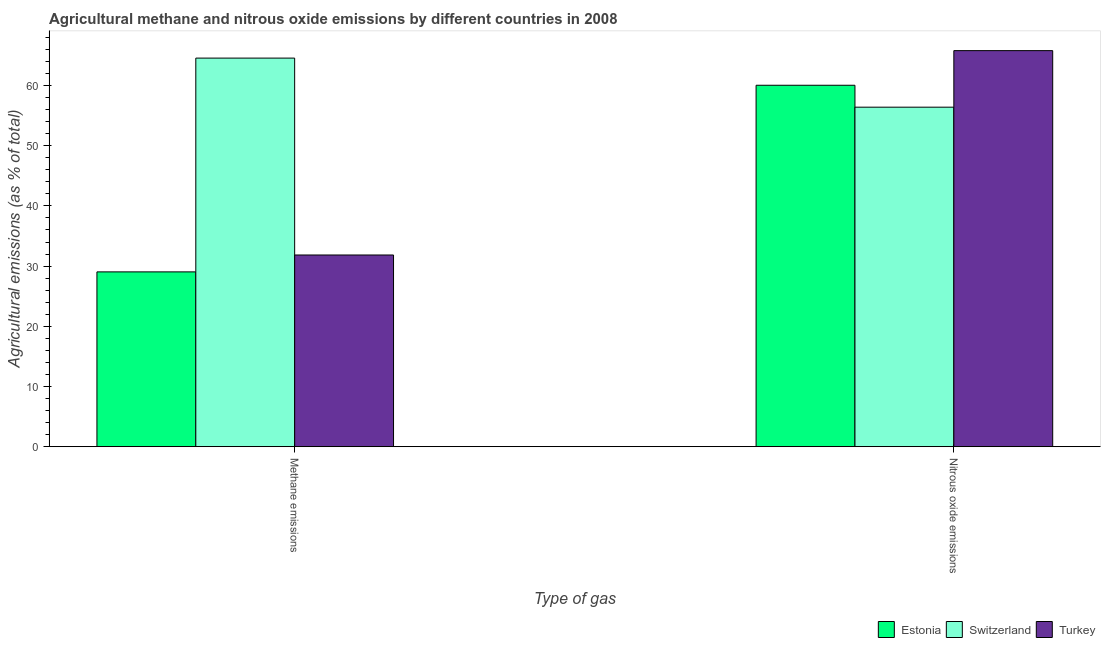
| Type of gas | Estonia | Switzerland | Turkey |
 | --- | --- | --- | --- |
 | Methane emissions | 29 | 64.6 | 31.8 |
 | Nitrous oxide emissions | 60 | 56.4 | 65.8 |